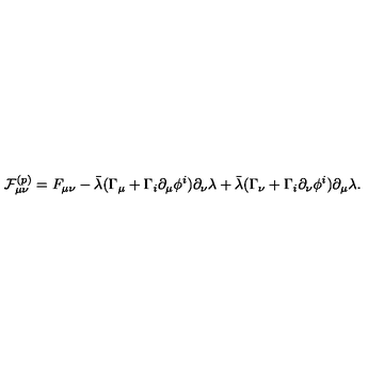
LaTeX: { \cal F } _ { \mu \nu } ^ { ( p ) } = F _ { \mu \nu } - \bar { \lambda } ( \Gamma _ { \mu } + \Gamma _ { i } \partial _ { \mu } \phi ^ { i } ) \partial _ { \nu } \lambda + \bar { \lambda } ( \Gamma _ { \nu } + \Gamma _ { i } \partial _ { \nu } \phi ^ { i } ) \partial _ { \mu } \lambda .